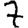
Digit: 7